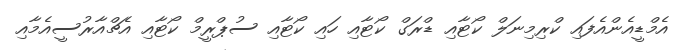
އެމްޑީއެންއެފައި ކްރިމިނަލް ކޯޓާއި ޑްރަގް ކޯޓާއި ހައި ކޯޓާއި ސުޕްރީމް ކޯޓާއި އެޗްއާރުސީއެމާއި